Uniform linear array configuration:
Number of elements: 32
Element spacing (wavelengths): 1
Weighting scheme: uniform
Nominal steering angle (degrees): -15
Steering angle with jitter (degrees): -14.976
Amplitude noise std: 0.05
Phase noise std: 0.05

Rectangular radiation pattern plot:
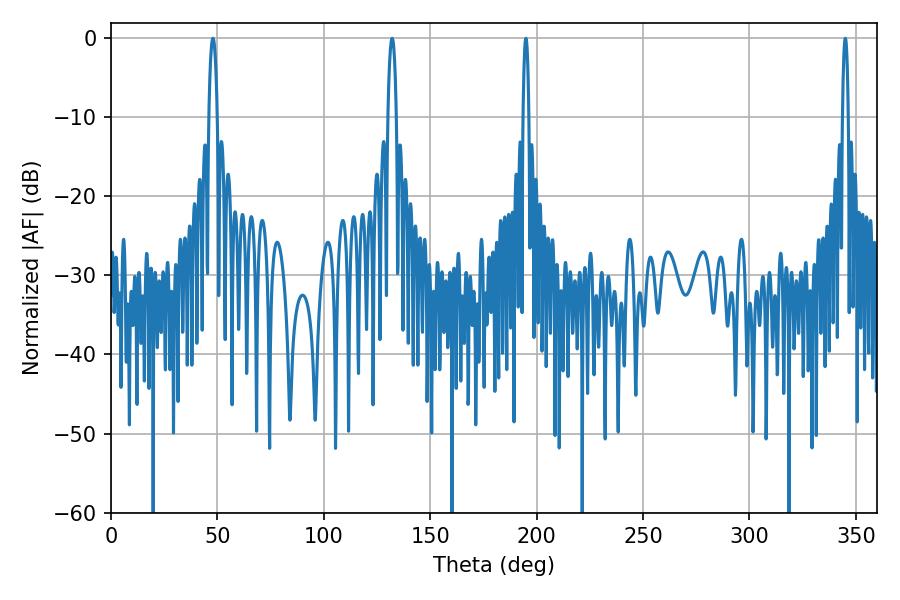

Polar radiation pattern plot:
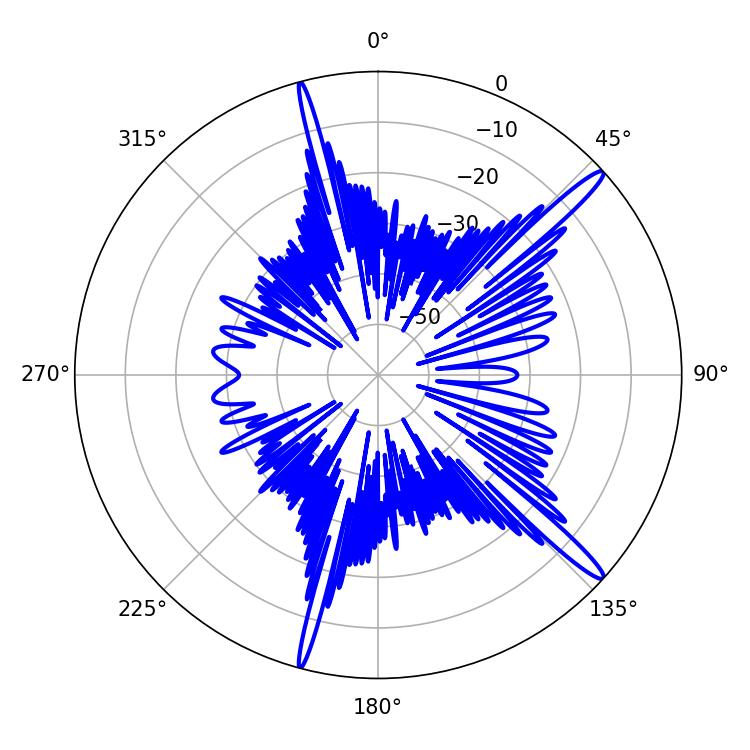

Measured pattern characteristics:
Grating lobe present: TRUE
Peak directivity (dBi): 15.847
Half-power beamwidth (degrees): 1.44
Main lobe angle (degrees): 194.94